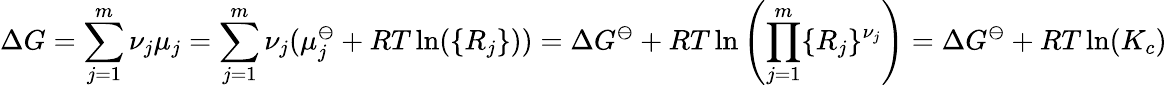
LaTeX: \Delta G=\sum_{j=1}^{m}\nu_{j}\mu_{j}=\sum_{j=1}^{m}\nu_{j}(\mu_{j}^{\ominus}+RT\ln(\{ R_{j}\} ))=\Delta G^{\ominus}+RT\ln\left(\prod_{j=1}^{m}\{ R_{j}\} ^{\nu_{j}}\right)=\Delta G^{\ominus}+RT\ln(K_{c})